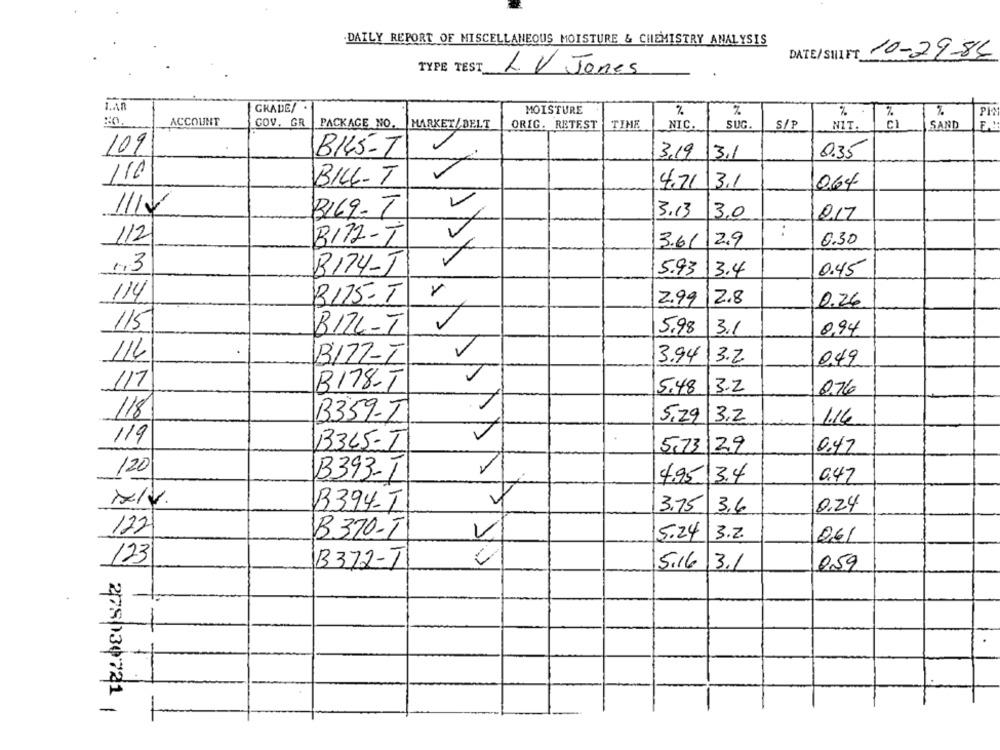
.DAILY REPORT OF MISCELLANEOUS MOISTURE & CHEMISTRY ANALYSIS
DATE/SWIFT 10-09-84
TYPE TEST
L. V Jones
-
1.An
GRADE/
MOISTURE
%
:0.
ACCOUNT
PH
GOV. GR
PACKAGE NO.
MARKET/ BELT
ORIG. RETEST
TIME
NIC.
SUG.
S/P
NIT.
CI
SAND
B145-T
3.19
3,1
0.35
109
110
BILL-T
4.71
3.1
064
1114
B169-T
3.13
3,0
017
1/2
B172-T
3.61
2.9
0.30
1.3
B174-J
5.93
3.4
0.45
114
B175-T
2.8
2.99
0.26
115
BILL-T
5.98
3.1
0,94
114
B177-I
3.94
3.2
0,49
117
B178-T
5.48
3.2
076
118
B359-T
5,29
3,2
1.16
119
3345-T
5,73
129
0.47
120
B393-T
4.95 3.4
0.47
s/V.
B394-T
3.75 3.6
0.24
122
B370-T
5.24
3.2
0,6/
123
B372-T
SAPDAPAN
5.16
3.1
059
-
275|130721 1